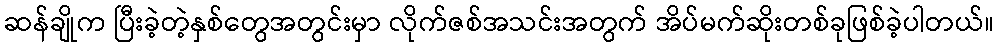
ဆန်ချိုက ပြီးခဲ့တဲ့နှစ်တွေအတွင်းမှာ လိုက်ဇစ်အသင်းအတွက် အိပ်မက်ဆိုးတစ်ခုဖြစ်ခဲ့ပါတယ်။